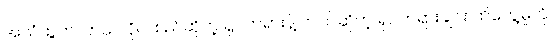
အသံထွက်လာသလိုပဲ၊ စည်ဆိုတဲ့ ရုပ်တရားနဲ့ လက်ဆိုတဲ့ ရုပ်တရားချင်း ထိတွေ့မှုကို